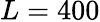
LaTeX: L=400